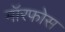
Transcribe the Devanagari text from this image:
मॉरफोस